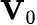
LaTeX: \mathbf{V}_{0}